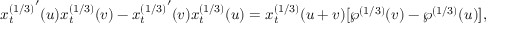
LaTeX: { x _ { t } ^ { ( 1 / 3 ) } } ^ { \prime } ( u ) x _ { t } ^ { ( 1 / 3 ) } ( v ) - { x _ { t } ^ { ( 1 / 3 ) } } ^ { \prime } ( v ) x _ { t } ^ { ( 1 / 3 ) } ( u ) = x _ { t } ^ { ( 1 / 3 ) } ( u + v ) [ \wp ^ { ( 1 / 3 ) } ( v ) - \wp ^ { ( 1 / 3 ) } ( u ) ] ,